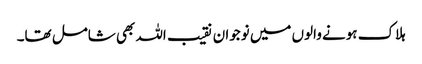
ہلاک ہونے والوں میں نوجوان نقیب اللہ بھی شامل تھا۔